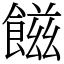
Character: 𩝐